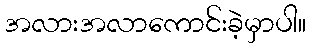
အလားအလာကောင်းခဲ့မှာပါ။